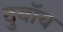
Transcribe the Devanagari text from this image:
दुबॉय